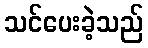
သင်ပေးခဲ့သည်